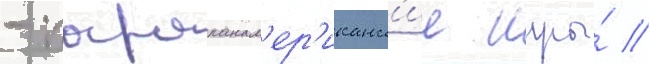
- парапанам'ер'иканск'ие игры́ //